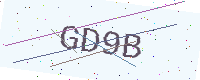
Text: GD9B